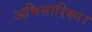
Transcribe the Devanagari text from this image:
अभिसारिका।